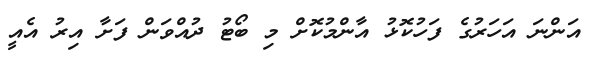
އަންނަ އަހަރުގެ ފަހުކޮޅު އާންމުކޮށް މި ބޯޓު ދުއްވަން ފަށާ އިރު އެއީ